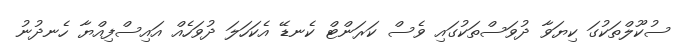
ސުކޫލްތަކުގަ ކިޔަވާ ދުވަސްތަކުގައި ވެސް ކަރަންޓް ކެނޑޭ އެކަހަލަ ދުވަހެއް އައިސްފިއްޔާ ހެނދުނު